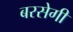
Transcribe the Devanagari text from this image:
बरसेगी